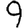
Digit: 9